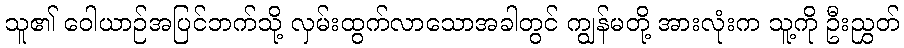
သူ၏ ဝေါယာဉ်အပြင်ဘက်သို့ လှမ်းထွက်လာသောအခါတွင် ကျွန်မတို့ အားလုံးက သူ့ကို ဦးညွှတ်